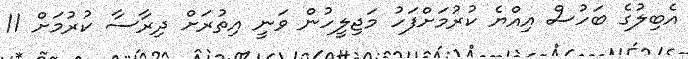
އެބިލުގެ ބަހުސް އިއްޔެ ކުރުމަށްފަހު މަޖިލީހުން ވަނީ އިތުރަށް ދިރާސާ ކުރުމަށް 11